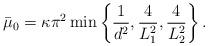
LaTeX: \begin{align*} \bar{\mu}_0 = \kappa \pi^2 \min\left\{\frac{1}{d^2}, \frac{4}{L_1^2},\frac{4}{L_2^2} \right\}.\end{align*}